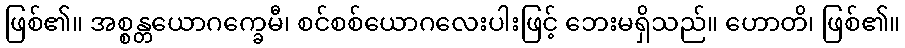
ဖြစ်၏။ အစ္စန္တယောဂက္ခေမီ၊ စင်စစ်ယောဂလေးပါးဖြင့် ဘေးမရှိသည်။ ဟောတိ၊ ဖြစ်၏။